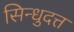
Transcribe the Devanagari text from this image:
सिन्धुदत्त